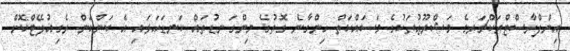
އިންފްރާސްޓްރަކްޗަރގެ މަޝްރޫޢުތަކުގެ މަސައްކަތް ހިންގާނެ ގޮތުގެ މިންގަނޑުތައް ކަނޑައަޅައި އެ ކަންކަން ރެގިއުލޭޓްކޮށް